Sanitation, dispensaries and jails vaccination Rajputana 1922-1927 - 1922-1927
Year: 1922
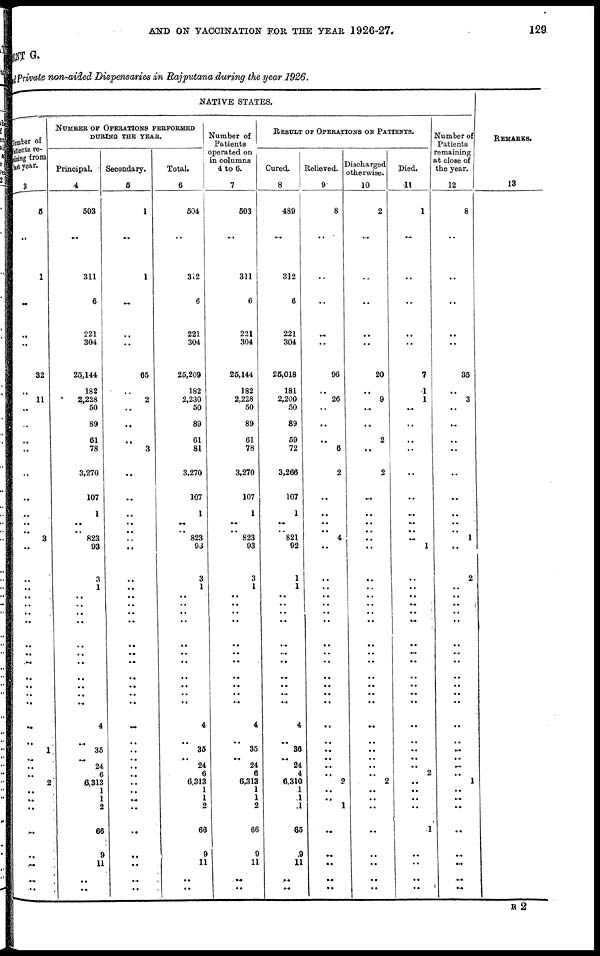
AND ON VACCINATION FOR THE YEAR 1926-27.
129
MENT G.
Private non-aided Dispensaries in Rajputana during the year 1926.
Number of
patients re-
----ing from
last year.
3
5
..
1
..
..
..
32
..
11
..
..
..
..
..
..
..
..
..
3
..
..
..
..
..
..
..
..
..
..
..
..
..
..
..
..
1
..
..
..
2
..
..
..
..
..
..
..
..
NATIVE STATES.
NUMBER OF OPERATIONS PERFORMED
DURING THE YEAR.
Principal.
4
503
..
311
6
221
304
25,144
182
2,228
50
89
61
78
3,270
107
1
..
..
823
93
3
1
..
..
..
..
..
..
..
..
..
..
..
4
..
35
.. 24
6
6,313
1
1
2
66
9
11
..
..
Secondary.
5
1
..
1
..
..
..
65
..
2
..
..
..
3
..
..
..
..
..
..
..
..
..
..
..
..
..
..
..
..
..
..
..
..
..
..
..
..
..
..
..
..
..
..
..
..
..
...
..
Total.
6
504
..
312
6
221
304
25,209
182
2,230
50
89
61
81
3,270
107
1
..
..
823
93
3
1
..
..
..
..
..
..
..
..
..
..
..
4
..
35
.. 24
6
6,313
1
1
2
66
9
11
..
..
Number of
Patients
operated on
in columns
4 to 6.
7
503
..
311
6
221
304
25,144
182
2,228
50
89
61
78
3,270
107
1
..
..
823
93
3
1
..
..
..
..
..
..
..
..
..
..
..
4
..
35
.. 24
6
6,313
1
1
2
66
9
11
..
..
RESULT OF OPERATIONS ON PATIENTS.
Cured.
8
489
..
312
6
221
304
25,018
181
2,200
50
89
59
72
3,266
107
1
..
.. 821
92
1
1
..
..
..
..
..
..
..
..
..
..
..
4
..
36
.. 24
4
6,310
1
1
1
65
9
11
..
..
Relieved.
9
8
..
..
..
..
..
96
..
26
..
..
..
6
2
..
..
..
..
4
..
..
..
..
..
..
..
..
..
..
..
..
..
..
..
..
..
..
..
.. 2
..
..
1
..
..
..
..
..
Discharged
otherwise.
10
2
..
..
..
..
..
20
..
9
..
..
2
..
2
..
..
..
..
..
..
..
..
..
..
..
..
..
..
..
..
..
..
..
..
..
..
..
..
..
2
..
..
..
..
..
..
..
..
Died.
11
1
..
..
..
..
..
7
1
1
..
..
..
..
..
..
..
..
..
..
1
..
..
.. ..
..
..
..
..
..
..
..
..
..
..
..
..
..
..
2
..
..
..
..
1
..
..
..
..
Number of
Patients
remaining
at close of
the year.
12
8
..
..
..
..
..
35
..
3
..
..
..
..
..
..
..
..
..
1
..
2
..
..
..
..
..
..
..
..
..
..
..
..
..
..
..
..
..
..
1
..
..
..
..
..
..
..
..
REMARKS.
13
R2